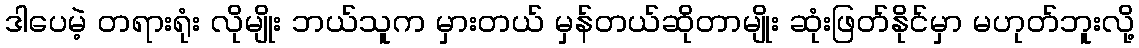
ဒါပေမဲ့ တရားရုံး လိုမျိုး ဘယ်သူက မှားတယ် မှန်တယ်ဆိုတာမျိုး ဆုံးဖြတ်နိုင်မှာ မဟုတ်ဘူးလို့